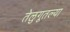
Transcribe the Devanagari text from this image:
तेलुगूतल्या